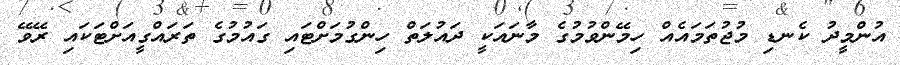
އުންމީދު ކެނޑި މުޖުތަމައެއް ހިމޭންވުމުގެ މާނައަކީ ދައުލަތް ހިންގުމަށްޓައި ގައުމުގެ ތަރައްގީއަށްޓަކައި ރޭވޭ